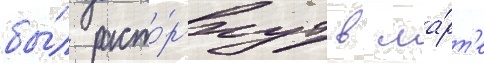
бы́л расто́ргнут в ма́рт'е